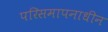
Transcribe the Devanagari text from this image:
परिसमापनाधीन